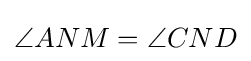
\angle ANM=\angle CND